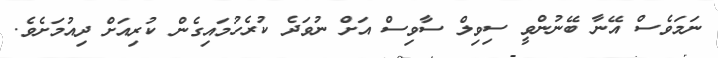
ނަމަވެސް އޭނާ ބޭނުންވީ ސިވިލް ސާވިސް އަށް ނުވަދެ ކުރެހުމައިގެން ކުރިއަށް ދިއުމަށެވެ.